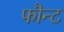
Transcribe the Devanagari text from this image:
फौन्ट